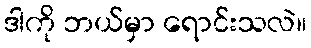
ဒါကို ဘယ်မှာ ရောင်းသလဲ။